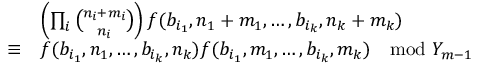
\begin{array} { r l } & { \left( \prod _ { i } \binom { n _ { i } + m _ { i } } { n _ { i } } \right) f ( b _ { i _ { 1 } } , n _ { 1 } + m _ { 1 } , \ldots , b _ { i _ { k } } , n _ { k } + m _ { k } ) } \\ { \equiv } & { f ( b _ { i _ { 1 } } , n _ { 1 } , \ldots , b _ { i _ { k } } , n _ { k } ) f ( b _ { i _ { 1 } } , m _ { 1 } , \ldots , b _ { i _ { k } } , m _ { k } ) \mod Y _ { m - 1 } } \end{array}